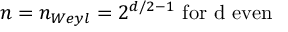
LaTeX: n = n _ { W e y l } = 2 ^ { d / 2 - 1 } \mathrm { ~ f o r ~ d ~ e v e n }